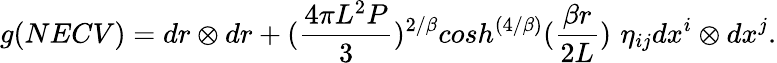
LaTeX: g(NECV)=dr\otimes dr+({\frac{4\pi L^{2}P}{3}})^{2/\beta}cosh^{\left({4/\beta}\right)}({\frac{\beta r}{2L}})\, \, \eta_{ij}dx^{i}\otimes dx^{j}.